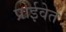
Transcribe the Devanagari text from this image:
प्राईवेत